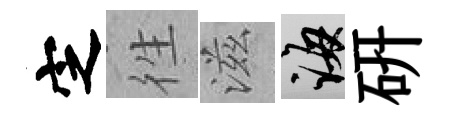
㝎徃滋誨硏